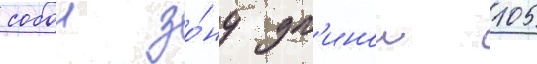
собои зо́ну дл'инои 105